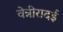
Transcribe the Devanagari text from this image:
वेन्नीरादई